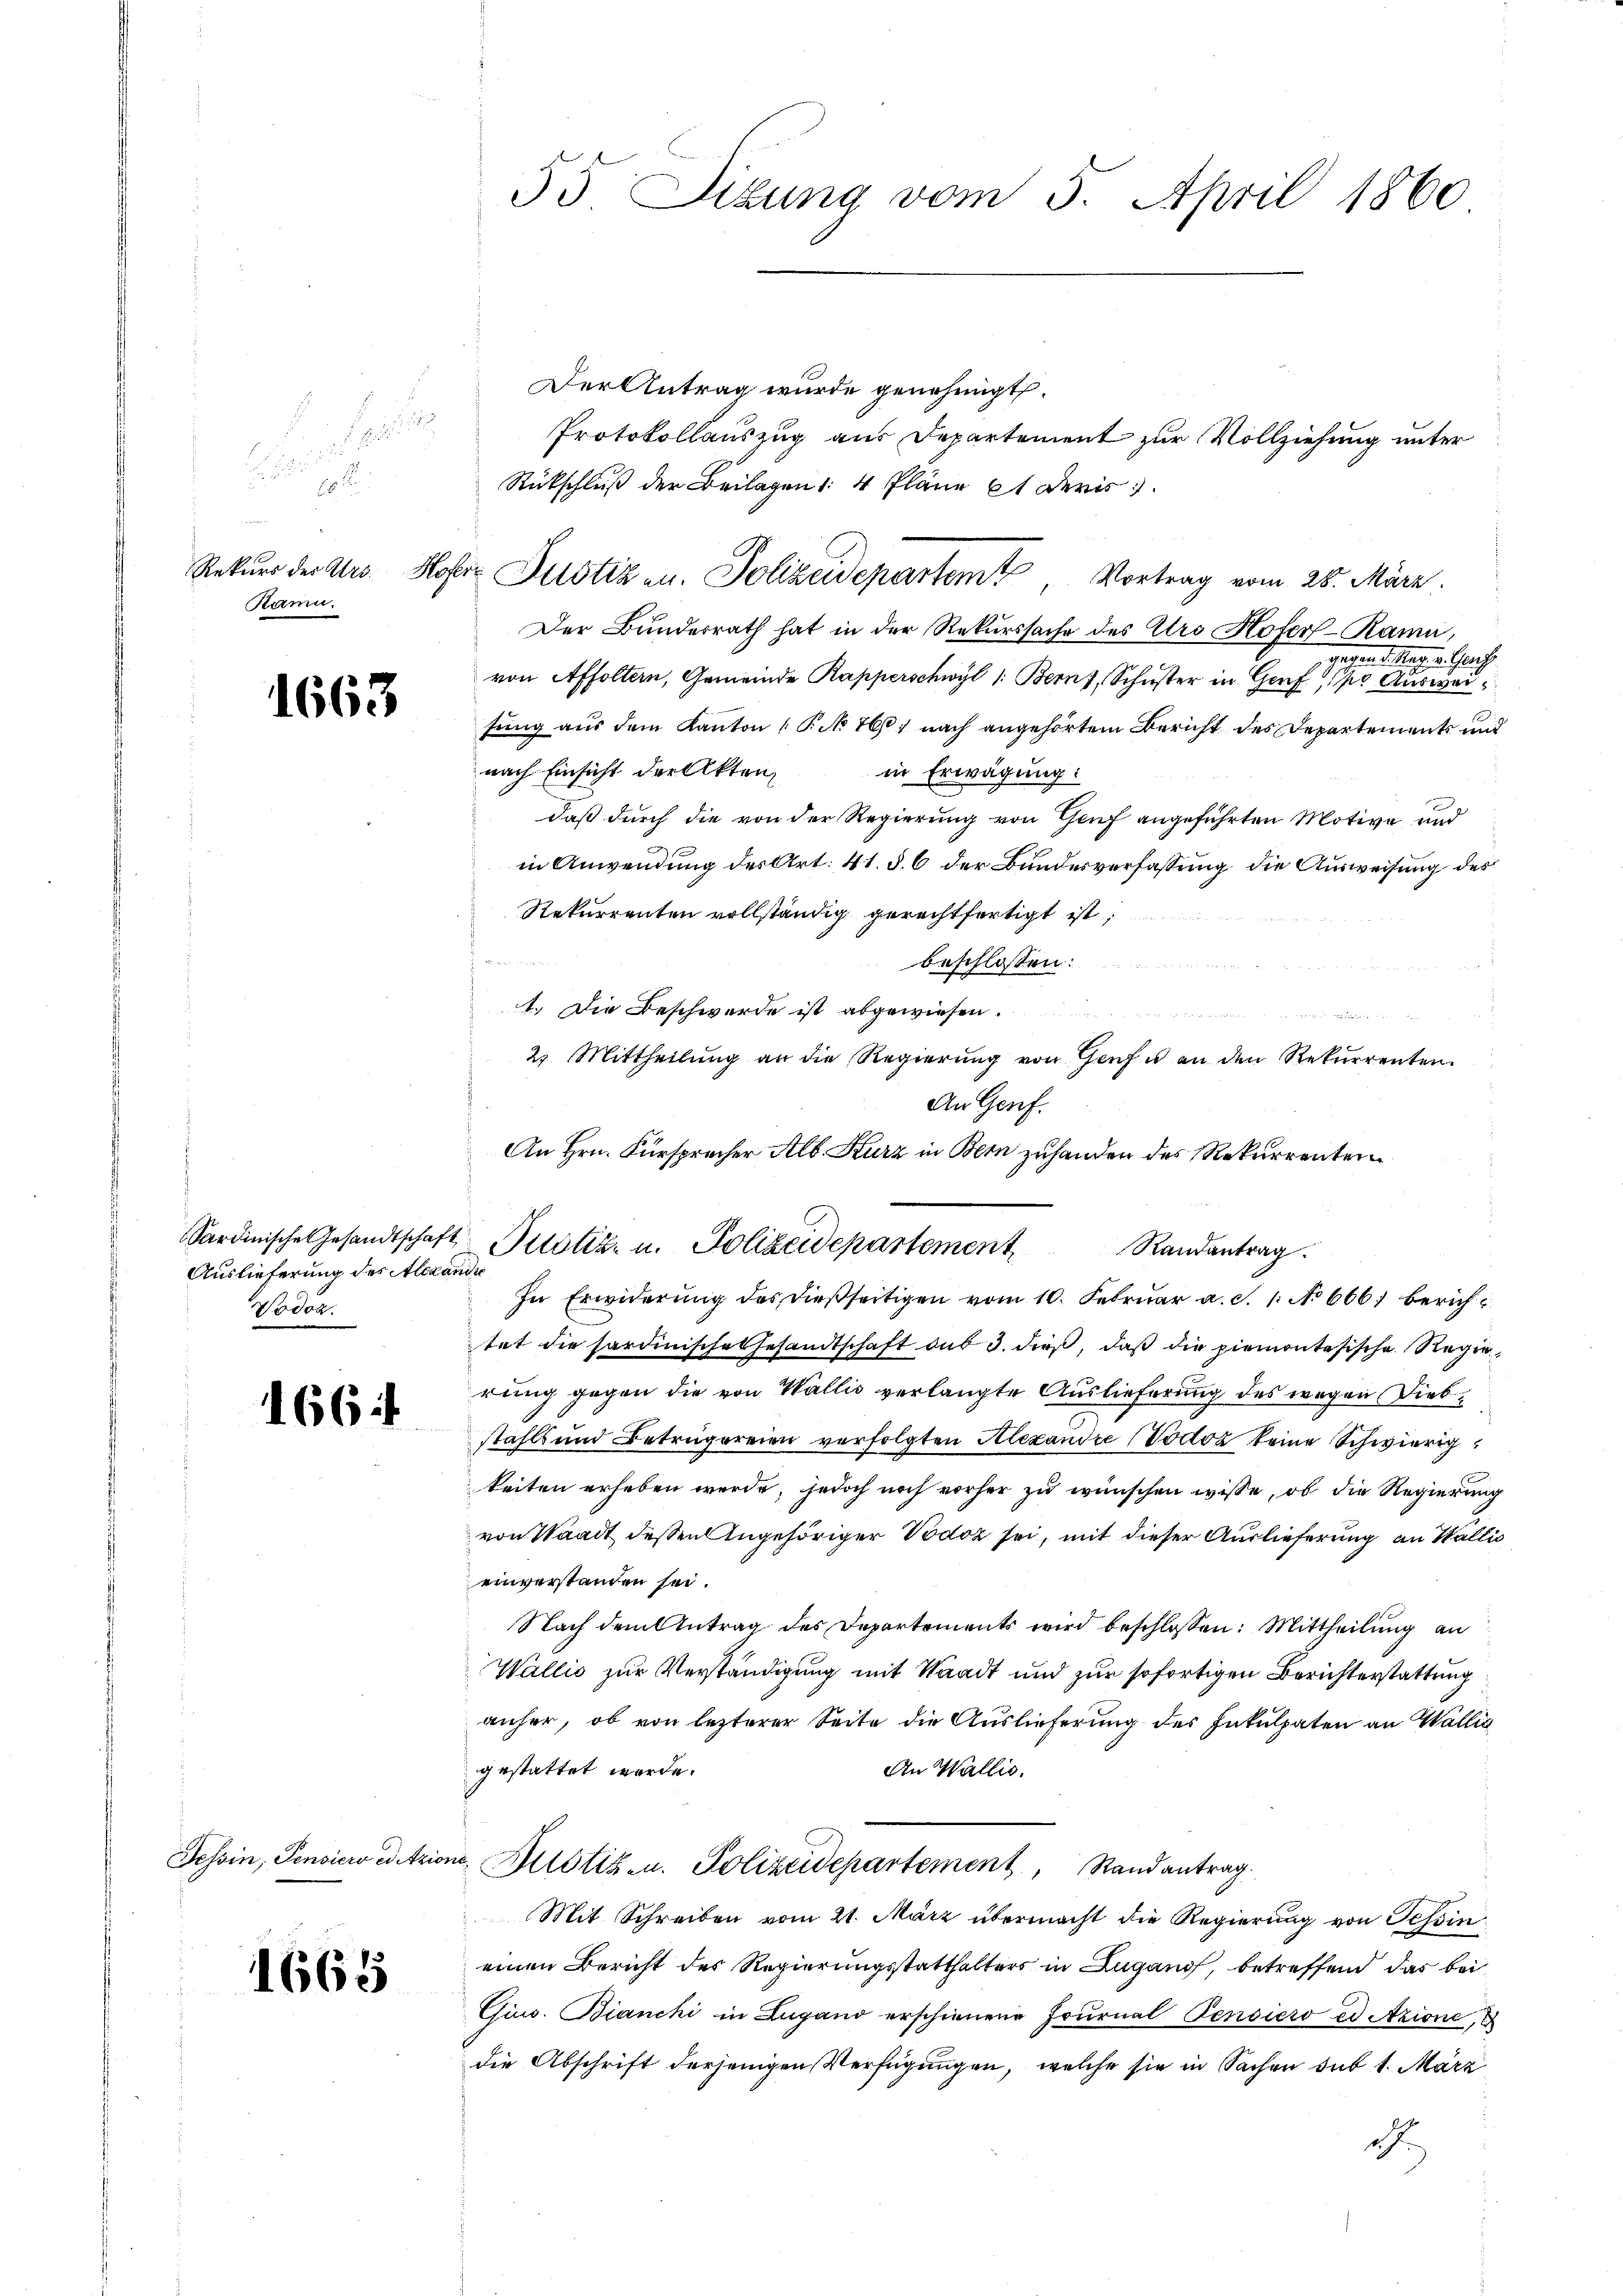
.

.
18
Ramn.

1663

Auslieferung des Alexandre
Vodoz.

166

1665

Der Antrag wurde genehmigt.
Protokollauszug aus Departement zur Vollziehung unter
Rückschluß der Beilagen : 4 Pläne 61 deris
Der Bunderrath hat in der Rekurssache des Uro Hofer- Rama,
. . . . Gleich
von Affoltern, Gemeinde Rapperschwyl 1: Bern, Schuster in Genf, 110 Ausweisung aus dem Kanton P. No 761 nach angehörtem Bericht des Departement und
nach Einsicht dreikten,
in Erwägung:
daß durch die von der Regierung von Genf angeführten Motive und
in Anwendung des Art. 41. §. 6 der Bundesverfassung die Ausweisung des
Rekurrenten vollständig gerechtfertigt ist,
Bessenen 1831.
beschlossen:
1.) Die Beschwerde ist abgewiesen.
n
2. Mittheilung an die Regierŭng von Genf u an den Rekurrenten.
An Genf.
An Hrn. Fürspracher Alb. Kurz in Bern zuhanden des Rekurrenten
Sardinische Gesandtschaft Plotiz u. Polizeidepartement
Randantrag.
In Erwiderŭng des dießseitigen vom 10. Febrŭar a. d. 1. No 6661 berichtet die sardinische Gesandtschaft aus 3. dieβ, daβ die piemontesische Regie
rung gegen die von Wallis verlangte Auslieferung des wegen Diebstahls und Betrügereien verfolgten Alexandre (Vodoz keine Schwierigkeiten erheben werde, jedoch noch vorher zu wünschen wisse, ob die Regierung
von Waadt dessen Angehöriger Vodoz sei, mit dieser Auslieferung an Wallis
einverstanden sei.
Nach dem Antrag des Departements wird beschlossen: Mittheilung an
Wallis zur Verständigung mit Waadt und zur sofortigen Berichterstattung
anher, ob von lezterer Seite die Auslieferung des Inkulpaten an Wallia
gestattet werde.
An Wallis.
Tessin, Pensiere Arione, ustiz- u. Polizeidepartement, Stand antrag.
Mit Schreiben vom 21. März übermacht die Regierung von Tessin
einen Bericht des Regierungsstatthalters in Lugano, betreffend das bei
Cius. Bianchi in Lugand erschienene Fournal Pensiero ed Azione,
die Abschrift derjenigen Verfügungen, welche sie in Sachen sub 1. März
d

55. Situng vom 5. April 1860

Rekurs der Urs. Hofer Justiz an. Polizeidepartem Vortrag vom 28. März.